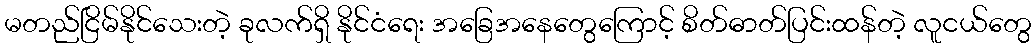
မတည်ငြိမ်နိုင်သေးတဲ့ ခုလက်ရှိ နိုင်ငံရေး အခြေအနေတွေကြောင့် စိတ်ဓာတ်ပြင်းထန်တဲ့ လူငယ်တွေ